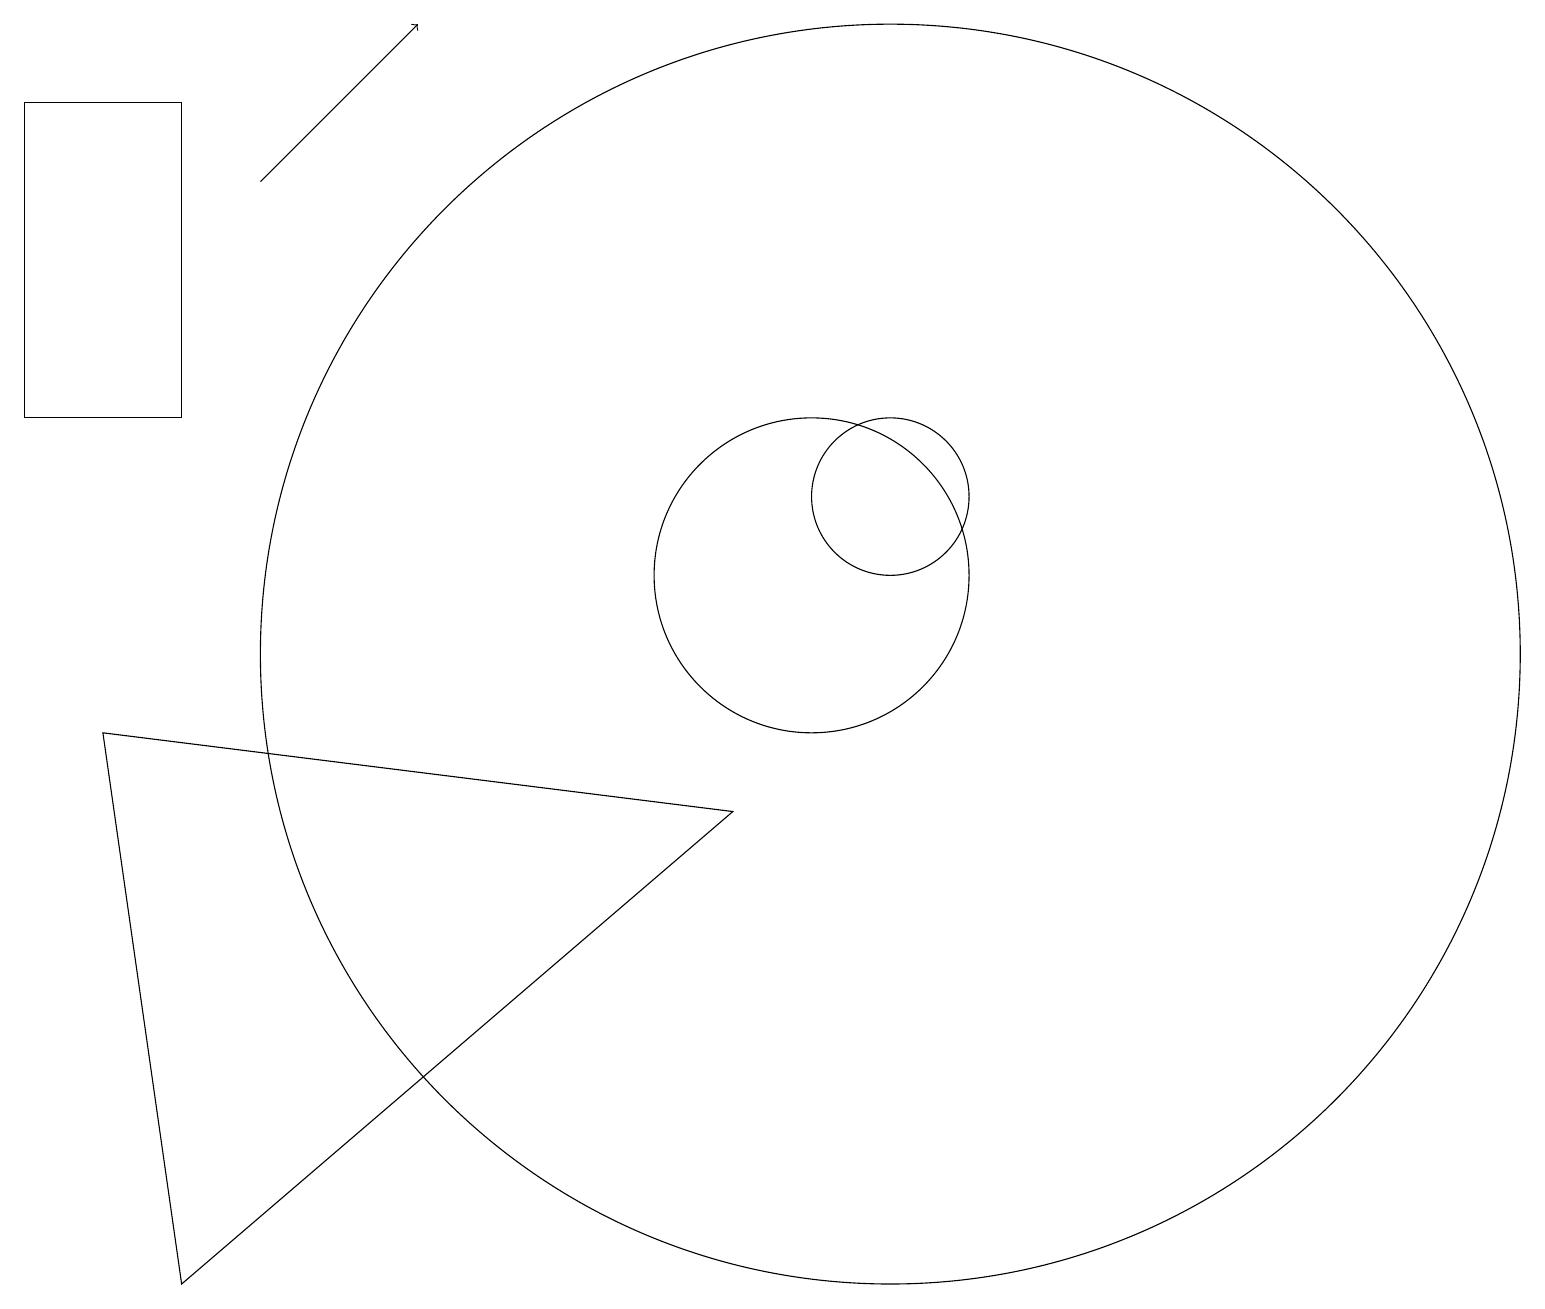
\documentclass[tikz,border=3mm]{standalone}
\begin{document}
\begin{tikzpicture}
\draw (11,12) circle (1);
\draw (10,11) circle (2);
\draw (0,17) rectangle (2,13);
\draw (1,9) -- (2,2) -- (9,8) -- cycle;
\draw[->] (3,16) -- (5,18);
\draw (11,10) circle (8);
\draw (10,12) circle (0);
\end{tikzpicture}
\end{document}